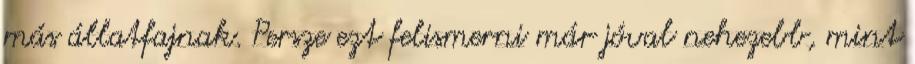
más állatfajnak. Persze ezt felismerni már jóval nehezebb, mint